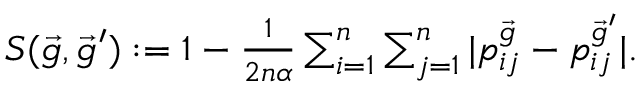
\begin{array} { r } { S ( \vec { g } , \vec { g } ^ { \prime } ) : = 1 - \frac { 1 } { 2 n \alpha } \sum _ { i = 1 } ^ { n } \sum _ { j = 1 } ^ { n } | p _ { i j } ^ { \vec { g } } - p _ { i j } ^ { \vec { g } ^ { \prime } } | . } \end{array}